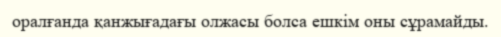
оралғанда қанжығадағы олжасы болса ешкім оны сұрамайды.